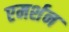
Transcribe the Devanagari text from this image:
एमर्शन